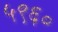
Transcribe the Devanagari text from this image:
५९६०